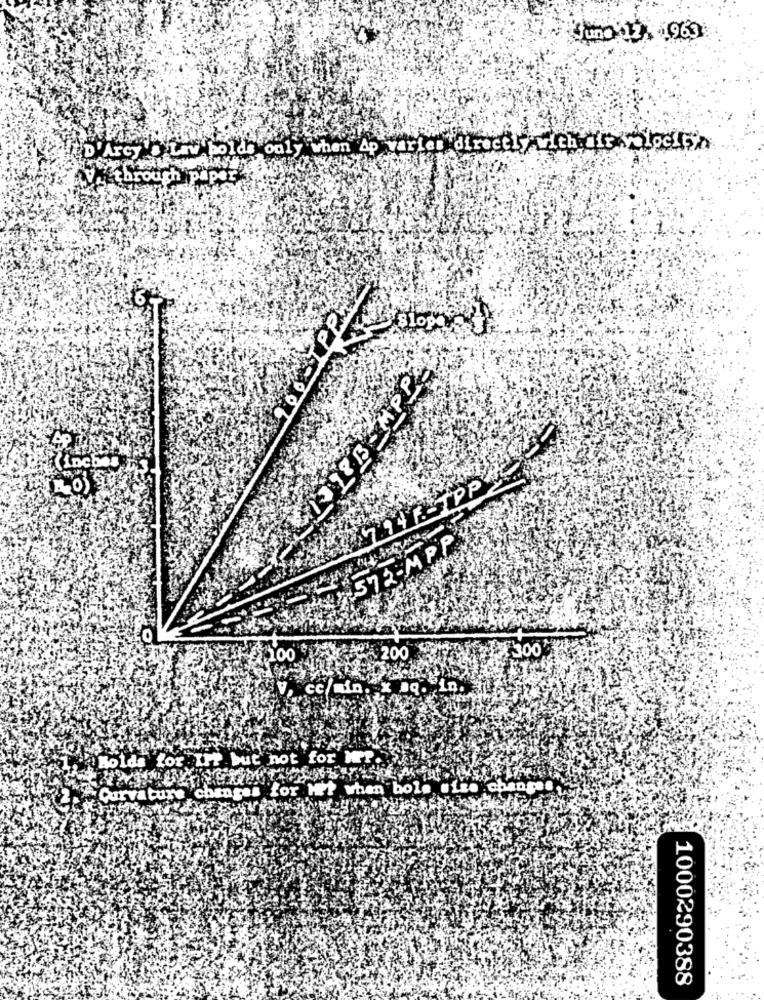
June 12 1963
D'Arcy'. Law bolds only when Ap warten directlywith air lock
V. through p
paper"
Slop
LIDLB APP
774 ESTPP
572-MPP
200
300
cc/min. x .Q. in.
Holds for If but not for MrP.
Curvature changes for Hr? when bole .ize chang
1000290388